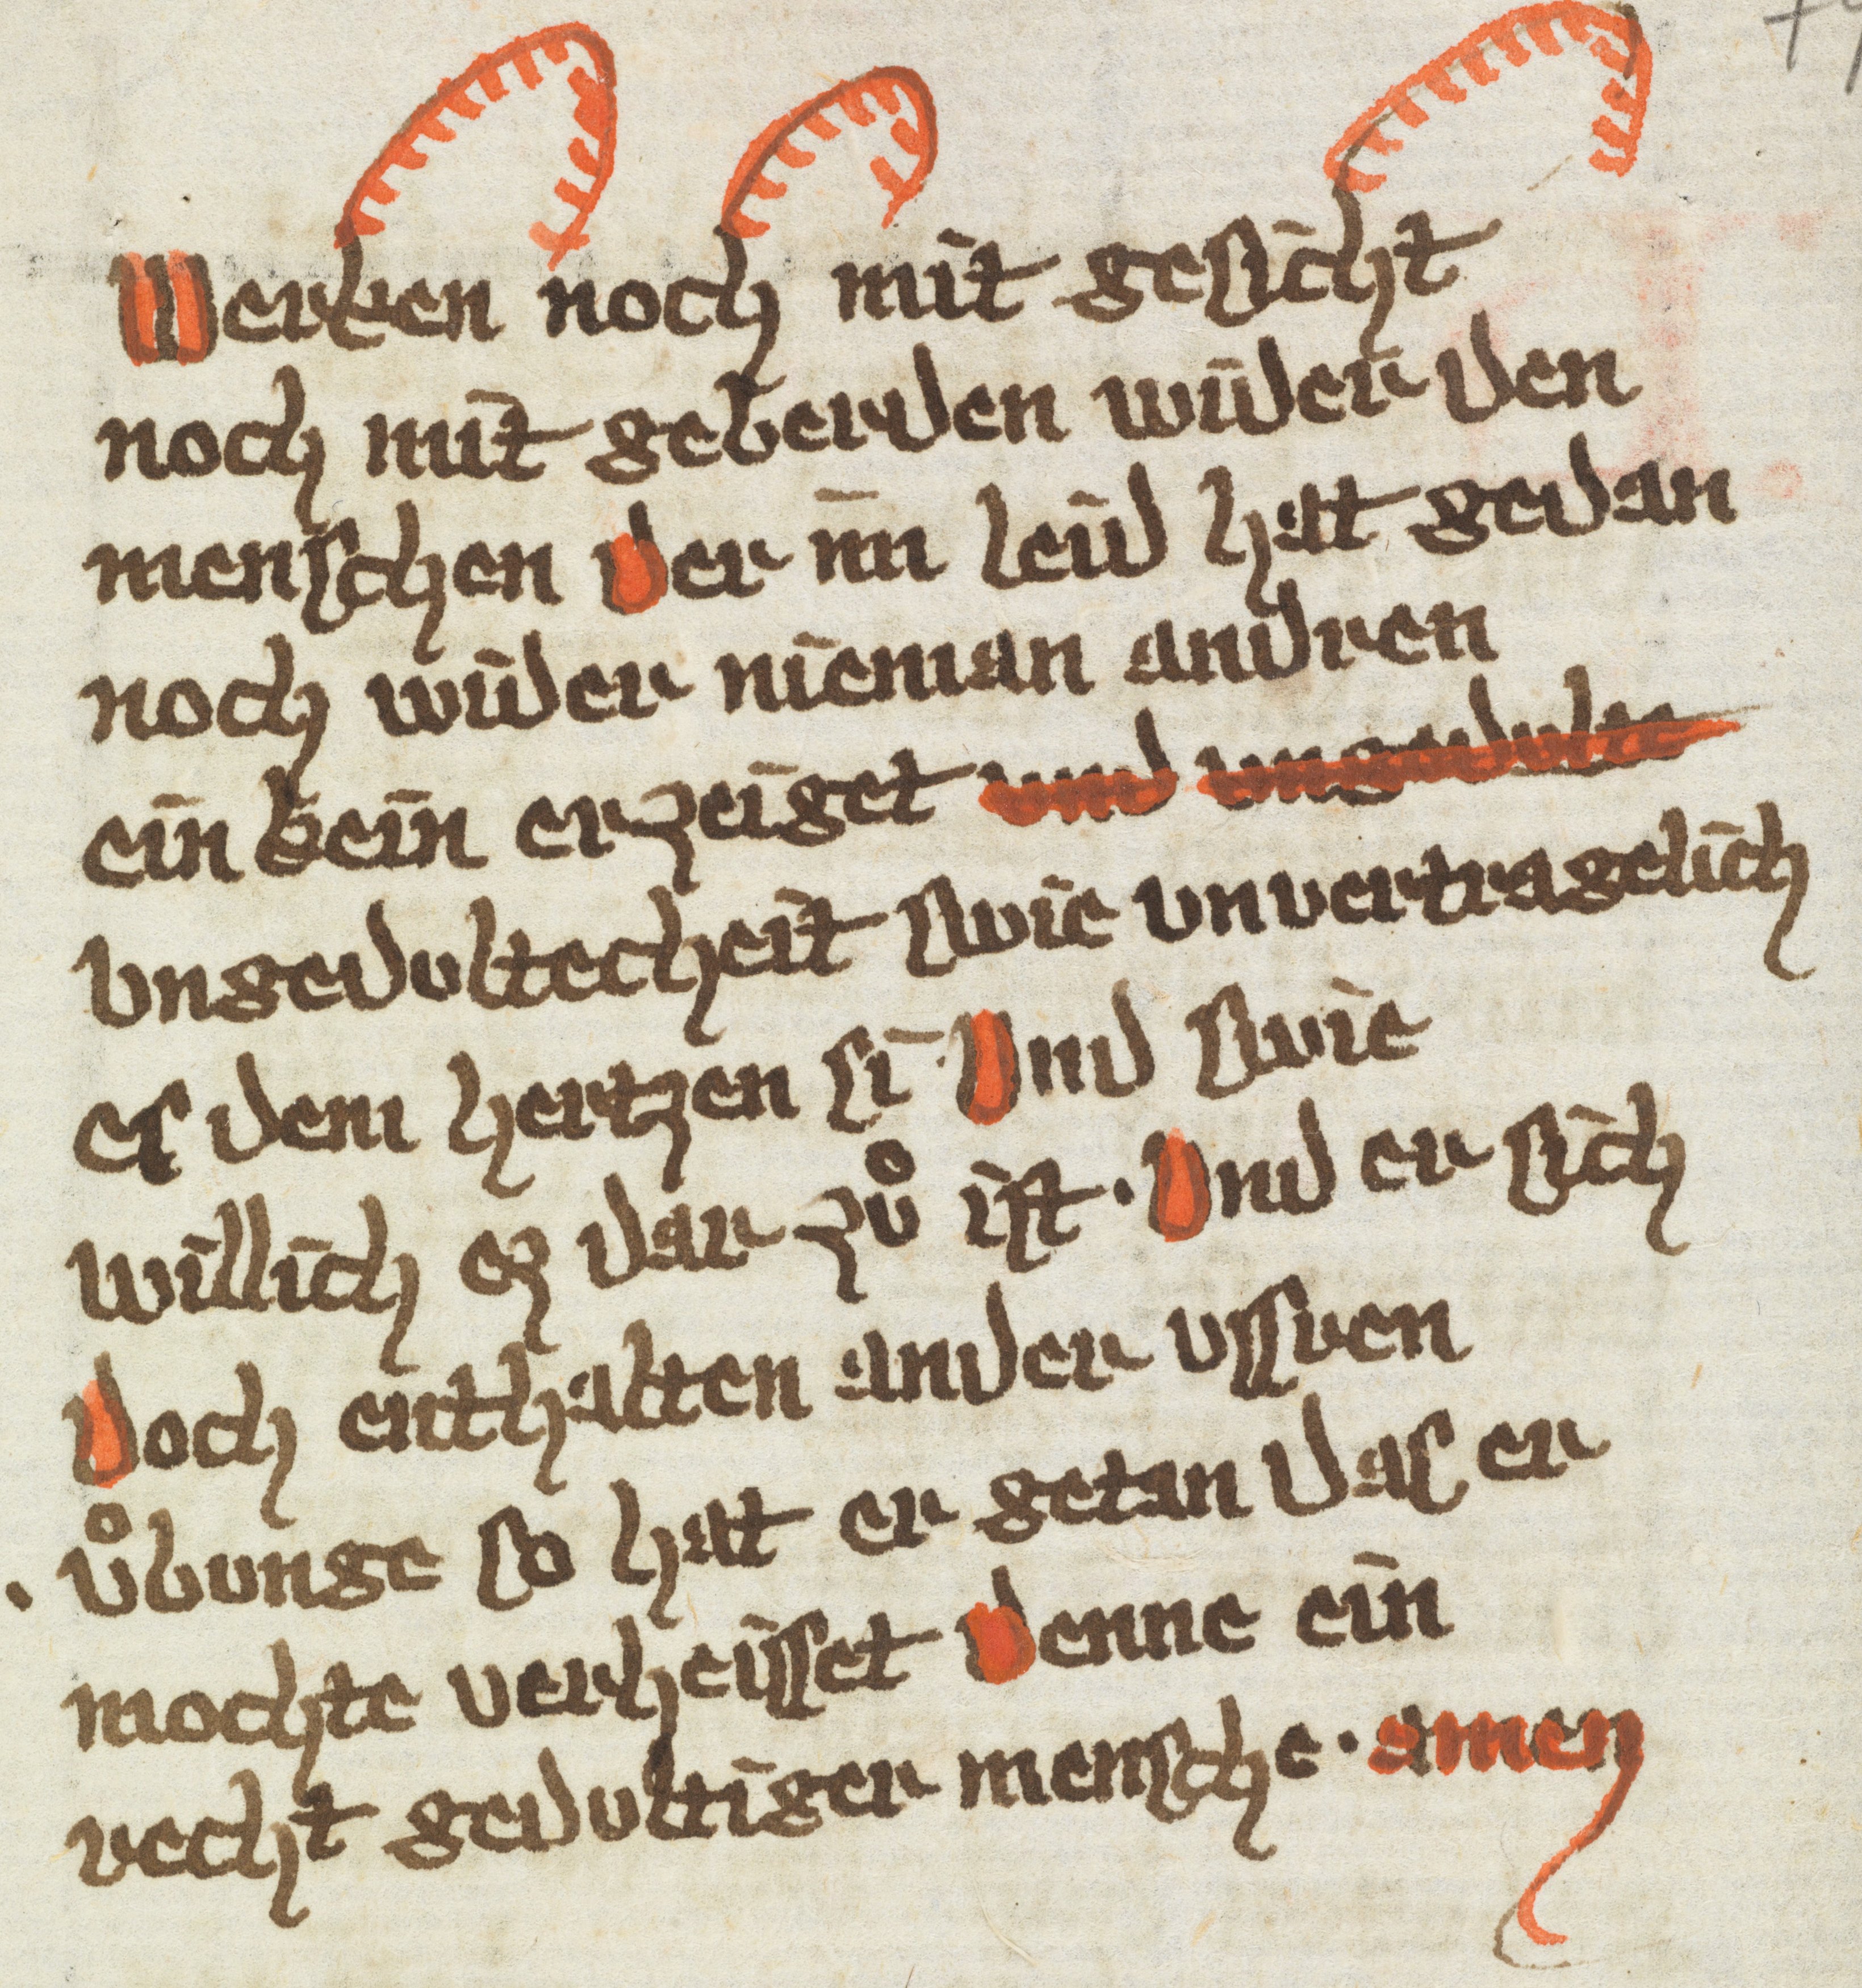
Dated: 1385–1415